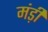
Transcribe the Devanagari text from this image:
मंड़ी